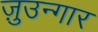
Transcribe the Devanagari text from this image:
ज़ुउन्गार